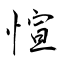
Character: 愃